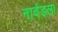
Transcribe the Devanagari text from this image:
नादेंडला